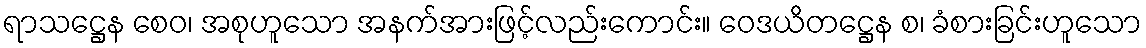
ရာသဋ္ဌေန စေဝ၊ အစုဟူသော အနက်အားဖြင့်လည်းကောင်း။ ဝေဒယိတဋ္ဌေန စ၊ ခံစားခြင်းဟူသော